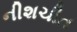
નીશચીત